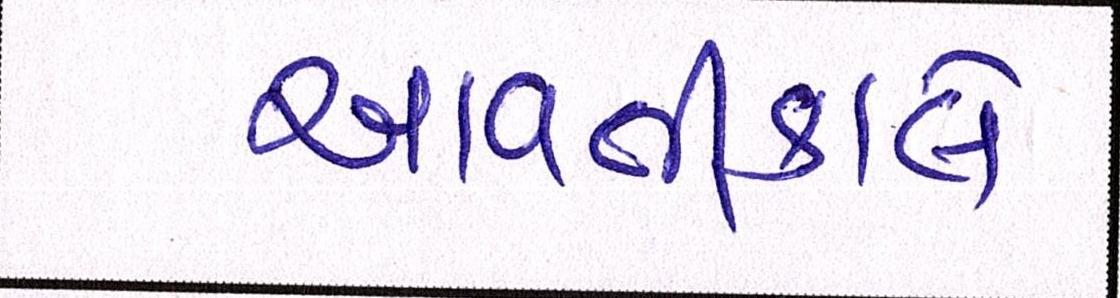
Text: આવતીકાલે